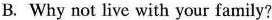
B. Why not live with your family?